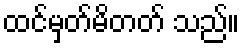
ထင်မှတ်မိတတ် သည်။